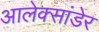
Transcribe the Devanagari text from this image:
आलेक्सांडेर